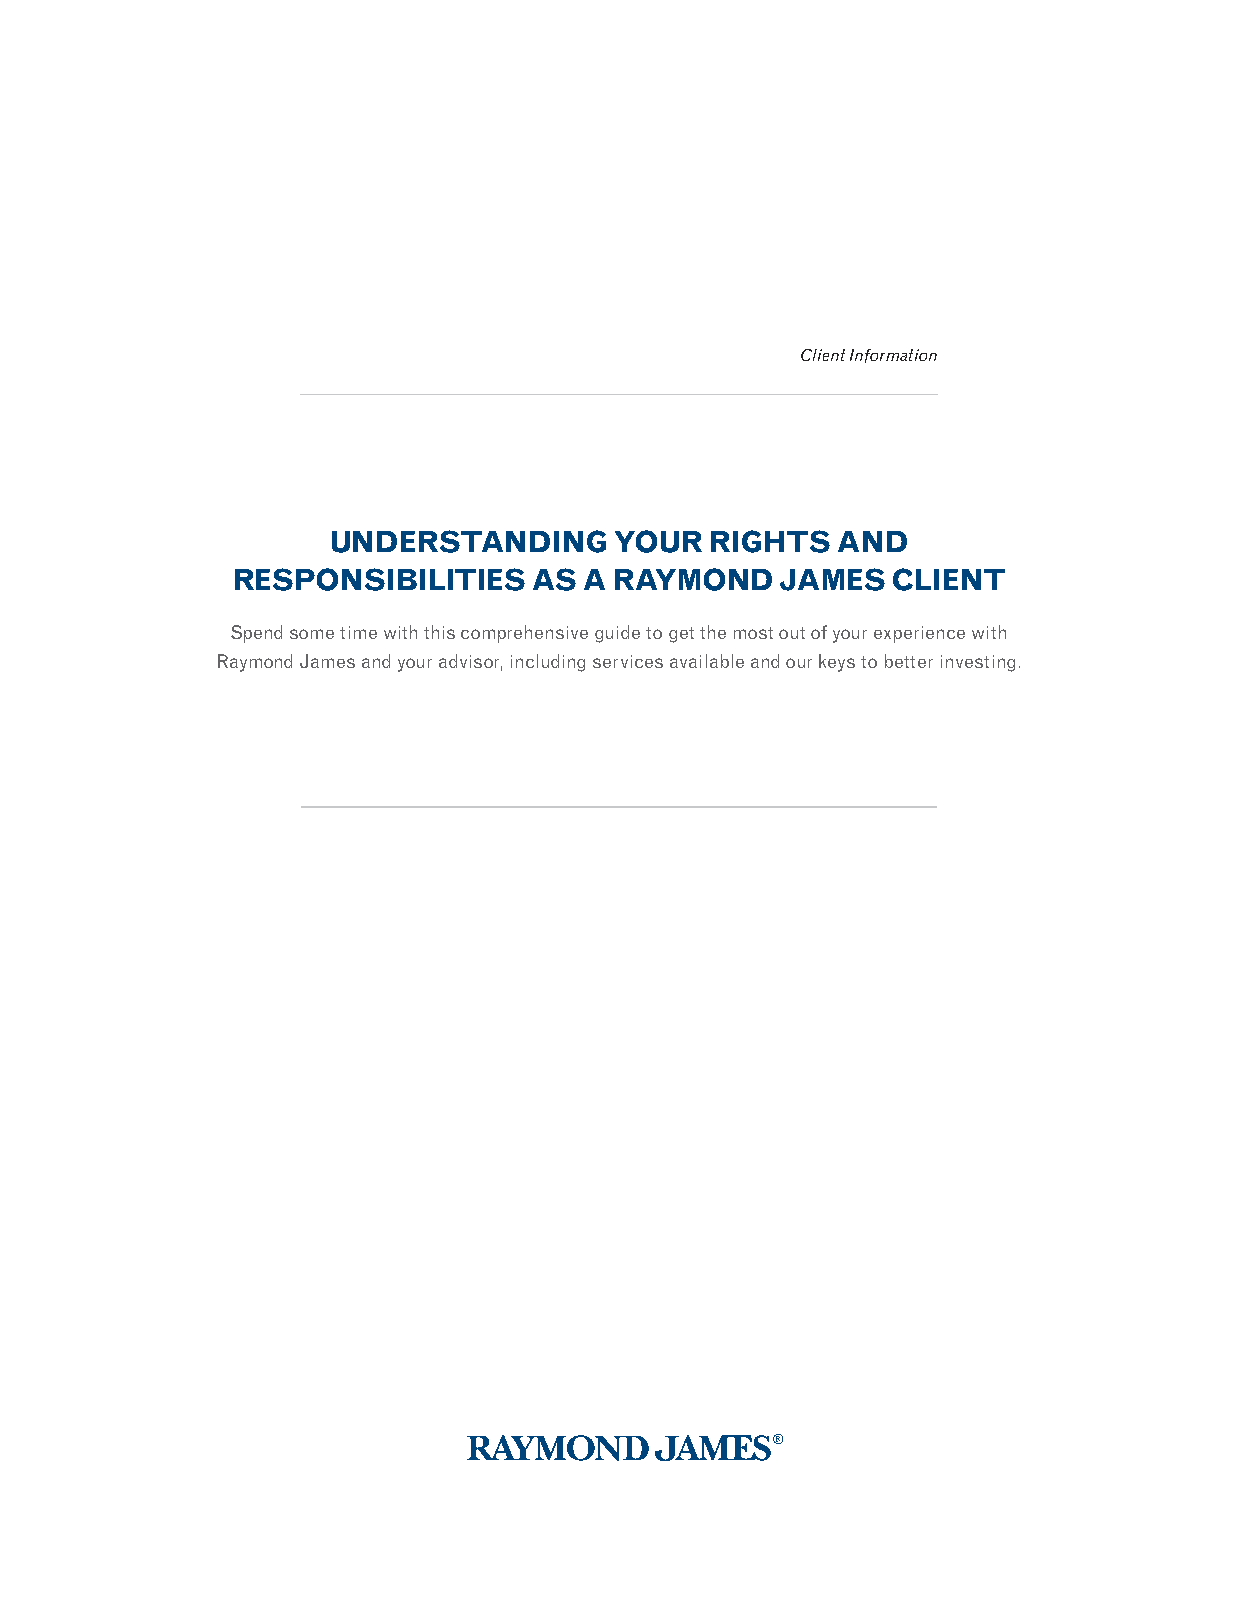
Client Information
 UNDERSTANDING      YOUR  RIGHTS  AND
 RESPONSIBILITIES    AS  A RAYMOND    JAMES  CLIENT
 Spend some time with this comprehensive guide to get the most out of your experience with
 Raymond James and your advisor, including services available and our keys to better investing.